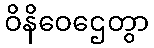
ဝိနိဝေဌေတွာ